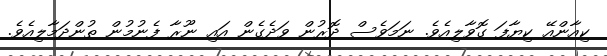
ކިއާންއޭ ކިޔާފަ ގޮވާލިއެވެ. ނަމަވެސް ދޮރުން ވަދެގެން އައި ނޫރާ ފެނުމުން ތުންދަމާލިއެވެ.